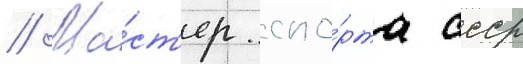
// Ма́ст'ер спо́рта ссср